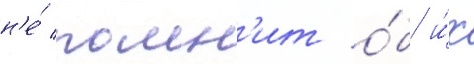
н'е́ помн'ит о́б и́х